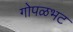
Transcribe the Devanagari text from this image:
गोपळभट